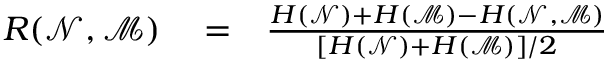
\begin{array} { r l r } { R ( \mathcal { N } , \mathcal { M } ) } & { { } = } & { \frac { H ( \mathcal { N } ) + H ( \mathcal { M } ) - H ( \mathcal { N } , \mathcal { M } ) } { [ H ( \mathcal { N } ) + H ( \mathcal { M } ) ] / 2 } } \end{array}